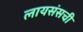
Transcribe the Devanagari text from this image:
लायसंसची